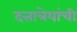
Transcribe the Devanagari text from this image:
दत्तात्रेयांची